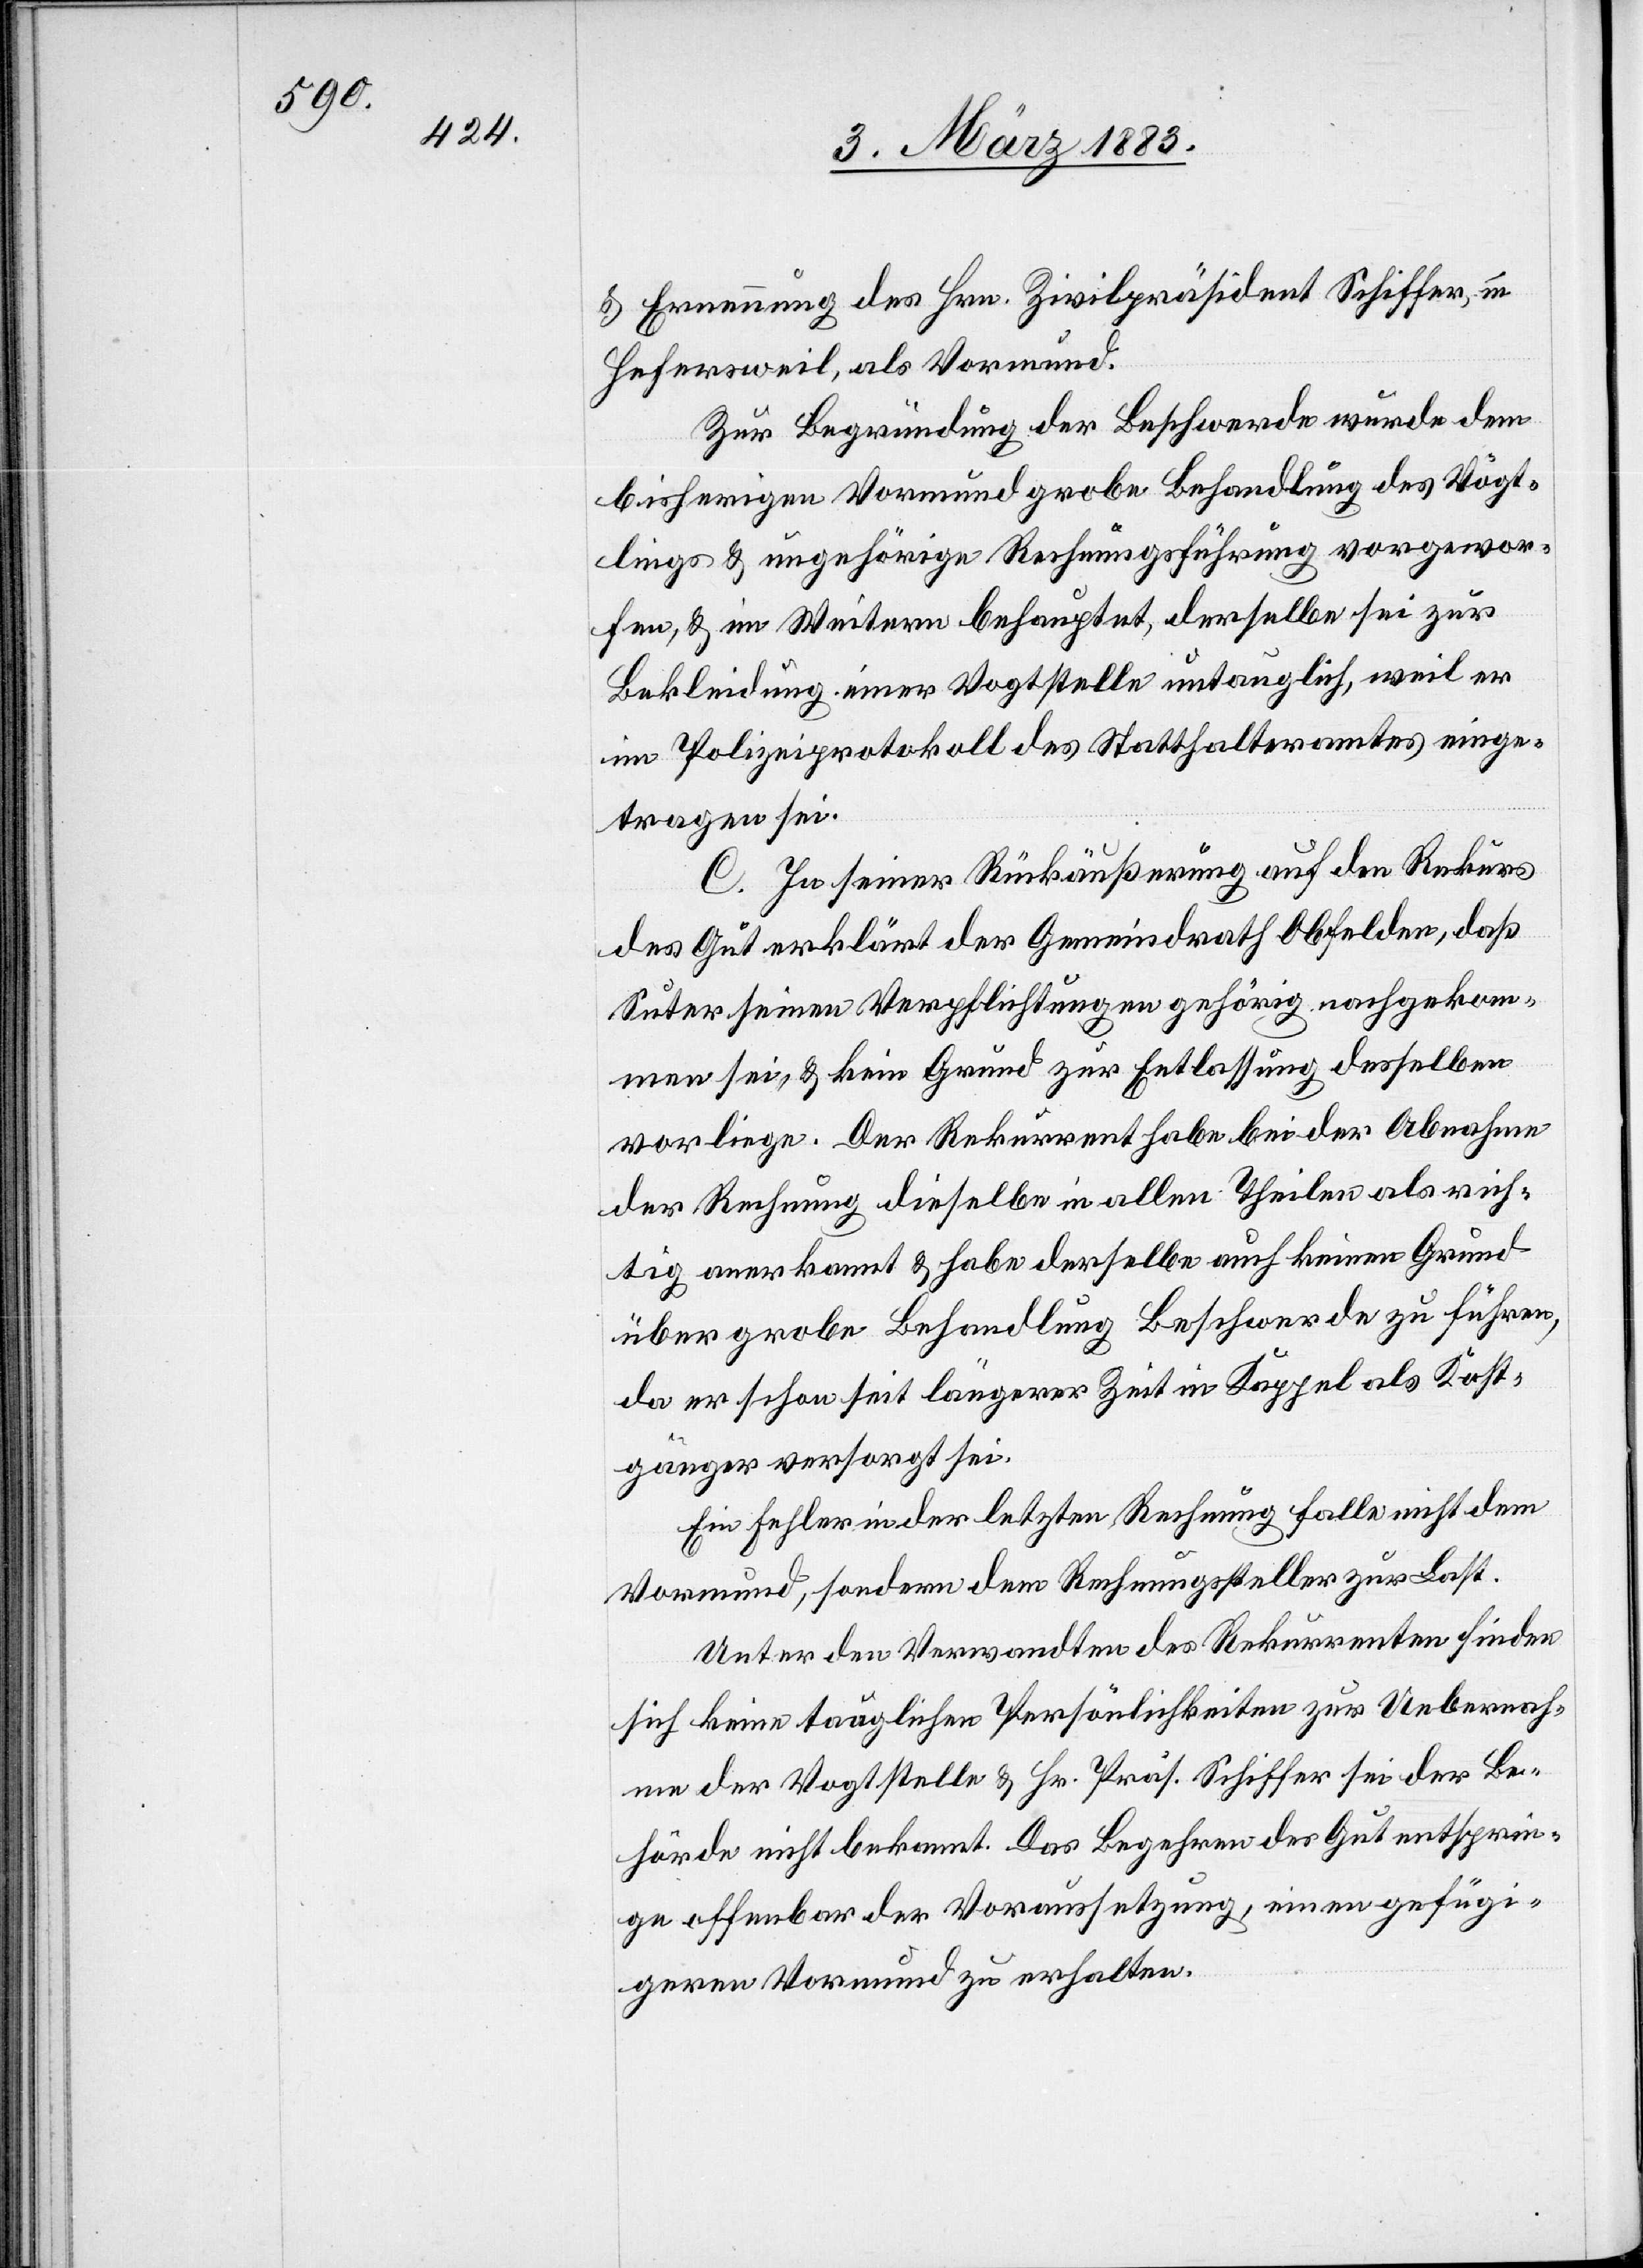
Ernennung des Hrn. Zivilpräsident Schiffer, in
Hefersweil als Vormund.
Zur Begründung der Beschwerde wurde dem
bisherigen Vormund grobe Behandlung des Vögt¬
lings & ungehörige Rechnungsführung vorgewor¬
fen, & im Weitern behauptet, derselbe sei zur
Bekleidung einer Vogtstelle untauglich, weil er
im Polizeiprotokoll des Statthalteramtes einge¬
tragen sei.
C. In seiner Rückäußerung auf den Rekurs
des Gut erklärt der Gemeindrath Obfelden, daß
Suter seinen Verpflichtungen gehörig nachgekom¬
men sei, & kein Grund zur Entlassung desselben
vorliege. Der Rekurrent habe bei der Abnahme
der Rechnung dieselbe in allen Theilen als rich¬
tig anerkannt & habe derselbe auch keinen Grund
über grobe Behandlung Beschwerde zu führen,
da er schon seit längerer Zeit in Kappel als Kost¬
gänger versorgt sei.
Ein Fehler in der letzten Rechnung falle nicht dem
Vormund, sondern dem Rechnungssteller zur Last.
Unter den Verwandten des Rekurrenten finden
sich keine tauglichen Persönlichkeiten zur Uebernah¬
me der Vogtstelle & Hr. Präs. Schiffer sei der Be¬
hörde nicht bekannt. Das Begehren des Gut entsprin¬
ge offenbar der Voraussetzung, einen gefügi¬
geren Vormund zu erhalten.